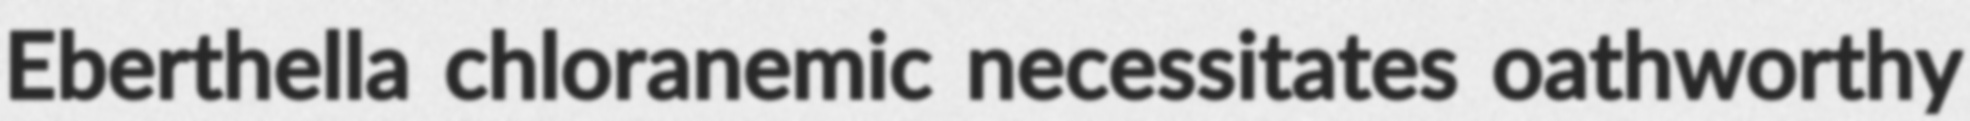
Eberthella chloranemic necessitates oathworthy